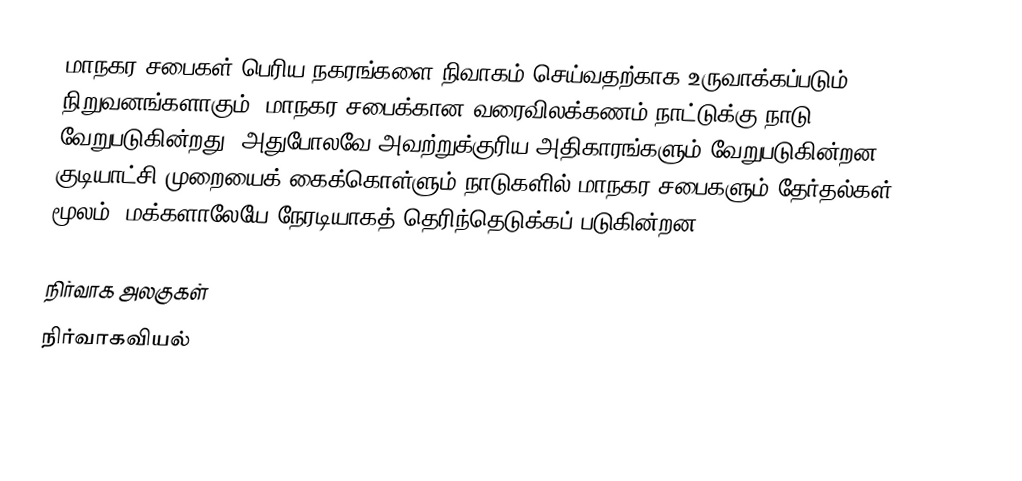
மாநகர சபைகள் பெரிய நகரங்களை நிவாகம் செய்வதற்காக உருவாக்கப்படும் நிறுவனங்களாகும். மாநகர சபைக்கான வரைவிலக்கணம் நாட்டுக்கு நாடு வேறுபடுகின்றது. அதுபோலவே அவற்றுக்குரிய அதிகாரங்களும் வேறுபடுகின்றன. குடியாட்சி முறையைக் கைக்கொள்ளும் நாடுகளில் மாநகர சபைகளும் தேர்தல்கள் மூலம், மக்களாலேயே நேரடியாகத் தெரிந்தெடுக்கப் படுகின்றன.

நிர்வாக அலகுகள்
நிர்வாகவியல்